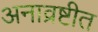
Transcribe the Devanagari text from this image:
अनाव्रष्टीत